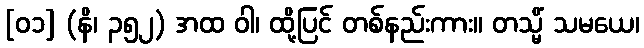
[၀၁] (နိ၊ ၃၅၂) အထ ဝါ၊ ထို့ပြင် တစ်နည်းကား။ တသ္မိံ သမယေ၊